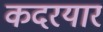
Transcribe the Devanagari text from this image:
कदरयार